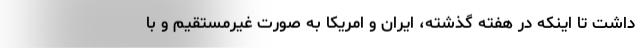
داشت تا اینکه در هفته گذشته، ایران و امریکا به صورت غیرمستقیم و با